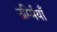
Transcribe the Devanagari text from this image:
उर्म्मियाँ